Reports on military cantonments and civil stations in the Presidency of Bombay inspected by the Sanitary Commissioner in the years 1875 and 1876
Year: 1875
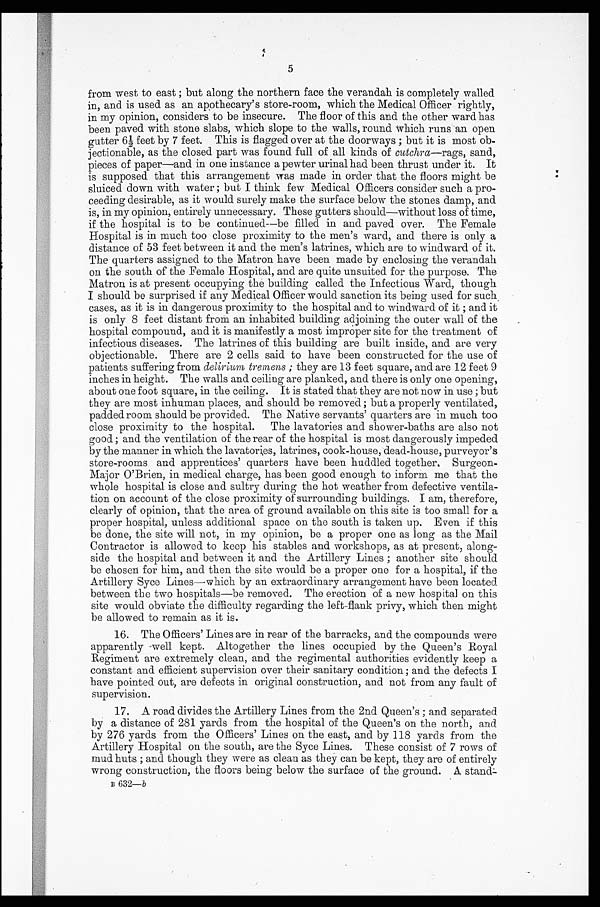
5
from west to east ; but along the northern face the verandah is completely walled
in, and is used as an apothecary's store-room, which the Medical Officer rightly,
in my opinion, considers to be insecure. The floor of this and the other ward has
been paved with stone slabs, which slope to the walls, round which runs an open
gutter 6½ feet by 7 feet. This is flagged over at the doorways ; but it is most ob-
oj e c t i o n a b l e , a s t h e c l o s e d p a r t w a s f o u n d f u l l o f a l l k i n d s o fc
u t c h r a — r a g s ,
s a n d ,
pieces of paper—and in one instance a pewter urinal had been thrust under it. It
is supposed that this arrangement was made in order that the floors might be
sluiced down with water ; but I think few Medical Officers consider such a pro-
ceeding desirable, as it would surely make the surface below the stones damp, and
is, in my opinion, entirely unnecessary. These gutters should—without loss of time,
if the hospital is to be continued—be filled in and paved over. The Female
Hospital is in much too close proximity to the men's ward, and there is only a
distance of 53 feet between it and the men's latrines, which are to windward of it.
The quarters assigned to the Matron have been made by enclosing the verandah
on the south of the Female Hospital, and are quite unsuited for the purpose. The
Matron is at present occupying the building called the Infectious Ward, though
I should be surprised if any Medical Officer would sanction its being used for such
cases, as it is in dangerous proximity to the hospital and to windward of it ; and it
is only 8 feet distant from an inhabited building adjoining the outer wall of the
hospital compound, and it is manifestly a most improper site for the treatment of
infectious diseases. The latrines of this building are built inside, and are very
objectionable. There are 2 cells said to have been constructed for the use of
patients suffering from delirium tremens ; they are 13 feet square, and are 12 feet 9
inches in height. The walls and ceiling are planked, and there is only one opening,
about one foot square, in the ceiling. It is stated that they are not now in use ; but
they are most inhuman places, and should be removed ; but a properly ventilated,
padded room should be provided. The Native servants' quarters are in much too
close proximity to the hospital. The lavatories and shower-baths are also not
good ; and the ventilation of the rear of the hospital is most dangerously impeded
by the manner in which the lavatories, latrines, cook-house, dead-house, purveyor's
store-rooms and apprentices' quarters have been huddled together. Surgeon-
Major O'Brien, in medical charge, has been good enough to inform me that the
whole hospital is close and sultry during the hot weather from defective ventila-
tion on account of the close proximity of surrounding buildings. I am, therefore,
clearly of opinion, that the area of ground available on this site is too small for a
proper hospital, unless additional space on the south is taken up. Even if this
be done, the site will not, in my opinion, be a proper one as long as the Mail
Contractor is allowed to keep his stables and workshops, as at present, along-
side the hospital and between it and the Artillery Lines ; another site should
be chosen for him, and then the site would be a proper one for a hospital, if the
Artillery Syce Lines—which by an extraordinary arrangement have been located
between the two hospitals—be removed. The erection of a new hospital on this
site would obviate the difficulty regarding the left-flank privy, which then might
be allowed to remain as it is.
16. The Officers' Lines are in rear of the barracks, and the compounds were
apparently well kept. Altogether the lines occupied by the Queen's Royal
Regiment are extremely clean, and the regimental authorities evidently keep a
constant and efficient supervision over their sanitary condition ; and the defects I
have pointed out, are defects in original construction, and not from any fault of
supervision.
17. A road divides the Artillery Lines from the 2nd Queen's ; and separated
by a distance of 281 yards from the hospital of the Queen's on the north, and
by 276 yards from the Officers' Lines on the east, and by 118 yards from the
Artillery Hospital on the south, are the Syce Lines. These consist of 7 rows of
mud huts ; and though they were as clean as they can be kept, they are of entirely
wrong construction, the floors being below the surface of the ground. A stand-
B 6 3 2 — b